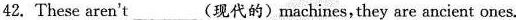
42. These aren't ___(现代的) machines,they are ancient ones.